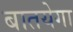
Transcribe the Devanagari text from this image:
बातयेगा